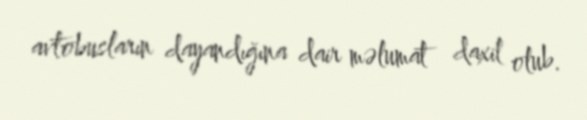
avtobusların dayandığına dair məlumat daxil olub.